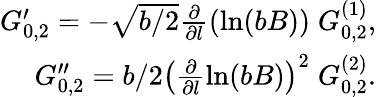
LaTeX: \begin{array}{r}{G_{0,2}^{\prime}=-\sqrt{b/2}\frac{\partial}{\partial l}\left(\ln(bB)\right)\; G_{0,2}^{(1)},}\\ {G_{0,2}^{\prime\prime}=b/2\left(\frac{\partial}{\partial l}\ln(bB)\right)^{2}\; G_{0,2}^{(2)}.}\end{array}